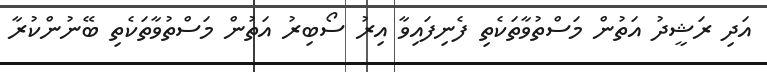
އަދި ރަޝީދު އަތުން މަސްތުވާތަކެތި ފެނިފައިވާ އިރު ސޯބިރު އަތުން މަސްތުވާތަކެތި ބޭނުންކުރާ